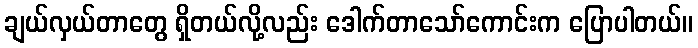
ချယ်လှယ်တာတွေ ရှိတယ်လို့လည်း ဒေါက်တာသော်ကောင်းက ပြောပါတယ်။